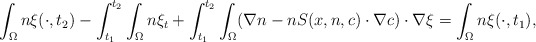
\begin{align*}\int_{\Omega}n\xi(\cdot, t_{2})-\int_{t_{1}}^{t_{2}}\int_{\Omega}n\xi_{t}+\int_{t_{1}}^{t_{2}}\int_{\Omega}(\nabla n - n S(x,n,c) \cdot \nabla c)\cdot \nabla \xi=\int_{\Omega}n\xi(\cdot, t_{1}),\end{align*}